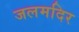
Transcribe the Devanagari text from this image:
जलमदिर